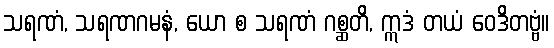
သရဏံ, သရဏဂမနံ, ယော စ သရဏံ ဂစ္ဆတိ, ဣဒံ တယံ ဝေဒိတဗ္ဗံ။